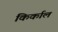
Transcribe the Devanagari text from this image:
किर्काल